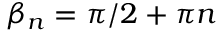
\beta _ { n } = \pi / 2 + \pi n